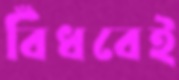
বিঁধবেই